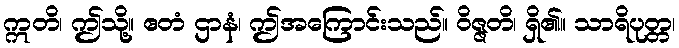
ဣတိ၊ ဤသို့။ ဧတံ ဌာနံ၊ ဤအကြောင်းသည်။ ဝိဇ္ဇတိ၊ ရှိ၏။ သာရိပုတ္တ၊